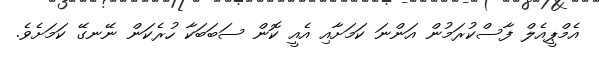
އެމްޕީއެލް ފާސްކުރަމުން އަންނަ ކަމަށާއި އެއީ ކޮން ސަބަބަކާ ހުރެކަން ނޭނގޭ ކަމަށެވެ.